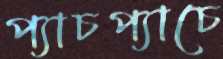
প্যাচপ্যাচে